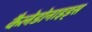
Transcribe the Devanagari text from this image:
कैलेडोनाइड्स